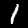
Label: 1